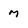
Character: M